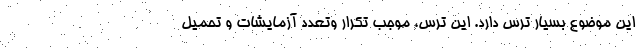
این موضوع بسیار ترس دارد. این ترس، موجب تکرار وتعدد آزمایشات و تحمیل